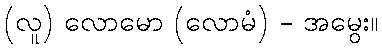
(လူ) လောမော (လောမံ) - အမွေး။